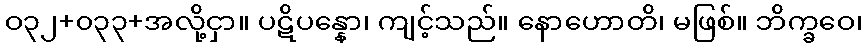
ဝ၃၂+၀၃၃+အလို့ငှာ။ ပဋိပန္နော၊ ကျင့်သည်။ နောဟောတိ၊ မဖြစ်။ ဘိက္ခဝေ၊